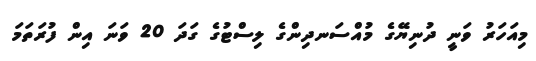
މިއަހަރު ވަނީ ދުނިޔޭގެ މުއްސަނދިންގެ ލިސްޓުގެ ގަދަ 20 ވަނަ އިން ފުރަތަމަ